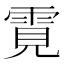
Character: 䨘